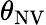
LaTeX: \theta_{\mathrm{NV}}